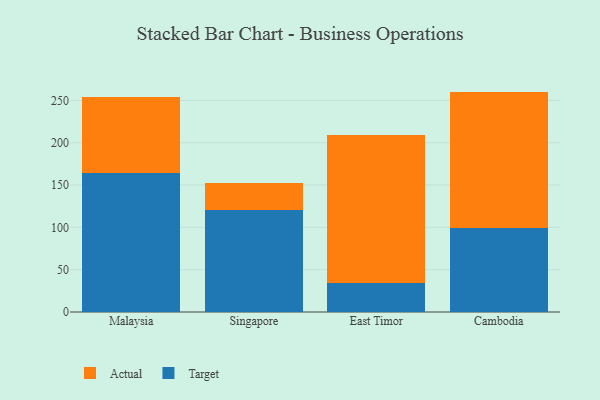
{"axis": {"x": "Country", "y": "Latency (ms)"}, "legend": ["Actual", "Target"], "data": [{"x": "Malaysia", "y": 164.8, "type": "Target"}, {"x": "Malaysia", "y": 89.2, "type": "Actual"}, {"x": "Singapore", "y": 120.6, "type": "Target"}, {"x": "Singapore", "y": 31.5, "type": "Actual"}, {"x": "East Timor", "y": 34.3, "type": "Target"}, {"x": "East Timor", "y": 175.1, "type": "Actual"}, {"x": "Cambodia", "y": 98.8, "type": "Target"}, {"x": "Cambodia", "y": 161.6, "type": "Actual"}]}